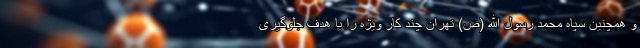
و همچنین سپاه محمد رسول الله (ص) تهران چند کار ویژه را با هدف جلوگیری